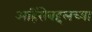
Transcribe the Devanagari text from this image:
अहिंसेबद्दलच्या